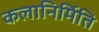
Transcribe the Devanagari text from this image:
कलानिर्मिति